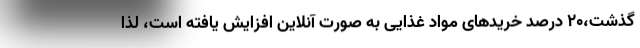
گذشت،20 درصد خریدهای مواد غذایی به صورت آنلاین افزایش یافته است، لذا